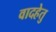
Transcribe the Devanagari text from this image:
वादहेतु